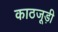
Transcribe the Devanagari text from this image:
काठजूड़ी